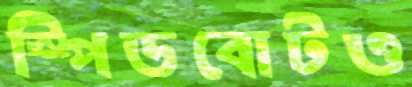
স্পিডবোটও